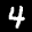
Label: 4